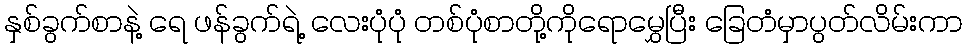
နှစ်ခွက်စာနဲ့ ရေ ဖန်ခွက်ရဲ့ လေးပုံပုံ တစ်ပုံစာတို့ကိုရောမွှေပြီး ခြေတံမှာပွတ်လိမ်းကာ